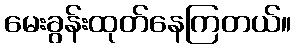
မေးခွန်းထုတ်နေကြတယ်။